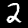
Digit: 2